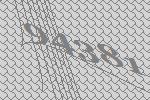
94381